Leaving Certificate Examination (including Day School Certificate (Higher) General paper), 1931
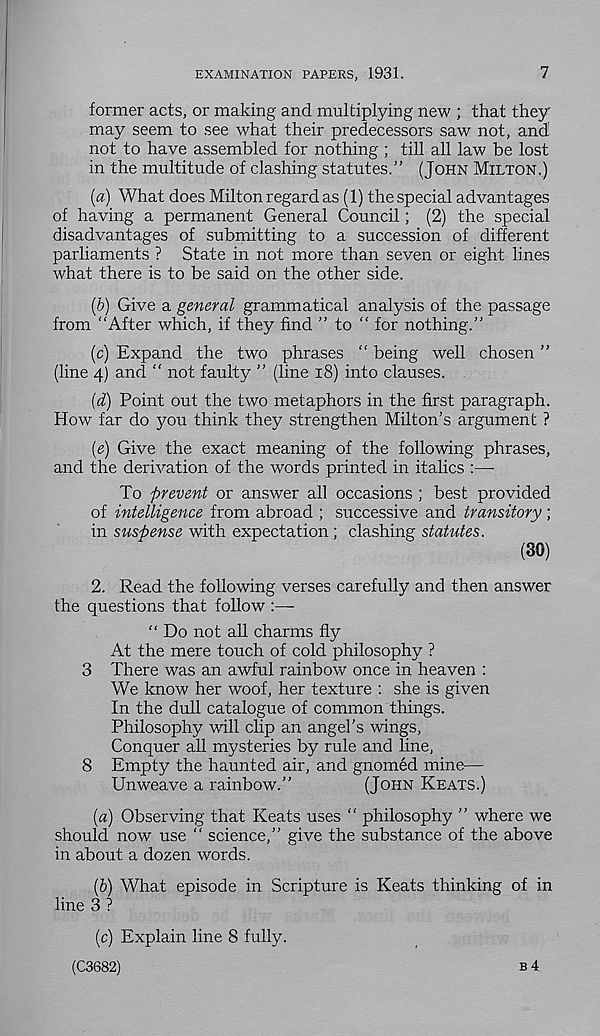
EXAMINATION PAPERS, 1931.
7
former acts, or making and multiplying new ; that they
may seem to see what their predecessors saw not, and
not to have assembled for nothing ; till all law be lost
in the multitude of clashing statutes.” (JOHN MILTON.)
{a) What does Milton regard as (1) the special advantages
of having a permanent General Council; (2) the special
disadvantages of submitting to a succession of different
parliaments ? State in not more than seven or eight lines
what there is to be said on the other side.
(b) Give a general grammatical analysis of the passage
from “After which, if they find ” to “for nothing.”
(c) Expand the two phrases “ being well chosen ”
(line 4) and “ not faulty ” (line 18) into clauses.
{d) Point out the two metaphors in the first paragraph.
How far do you think they strengthen Milton’s argument ?
[e) Give the exact meaning of the following phrases,
and the derivation of the words printed in italics :—
To prevent or answer all occasions ; best provided
of intelligence from abroad ; successive and transitory;
in suspense with expectation ; clashing statutes.
(30)
2. Read the following verses carefully and then answer
the questions that follow
“ Do not all charms fly
At the mere touch of cold philosophy ?
3 There was an awful rainbow once in heaven :
We know her woof, her texture : she is given
In the dull catalogue of common things.
Philosophy will clip an angel's wings,
Conquer all mysteries by rule and line,
8 Empty the haunted air, and gnomed mine—
Unweave a rainbow.”
(JOHN KEATS.)
(a) Observing that Keats uses “ philosophy ” where we
should now use “ science,” give the substance of the above
in about a dozen words.
(6) What episode in Scripture is Keats thinking of in
line 3 ?
(c) Explain line 8 fully.
(C3682)
B4